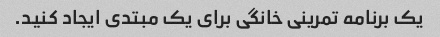
یک برنامه تمرینی خانگی برای یک مبتدی ایجاد کنید.